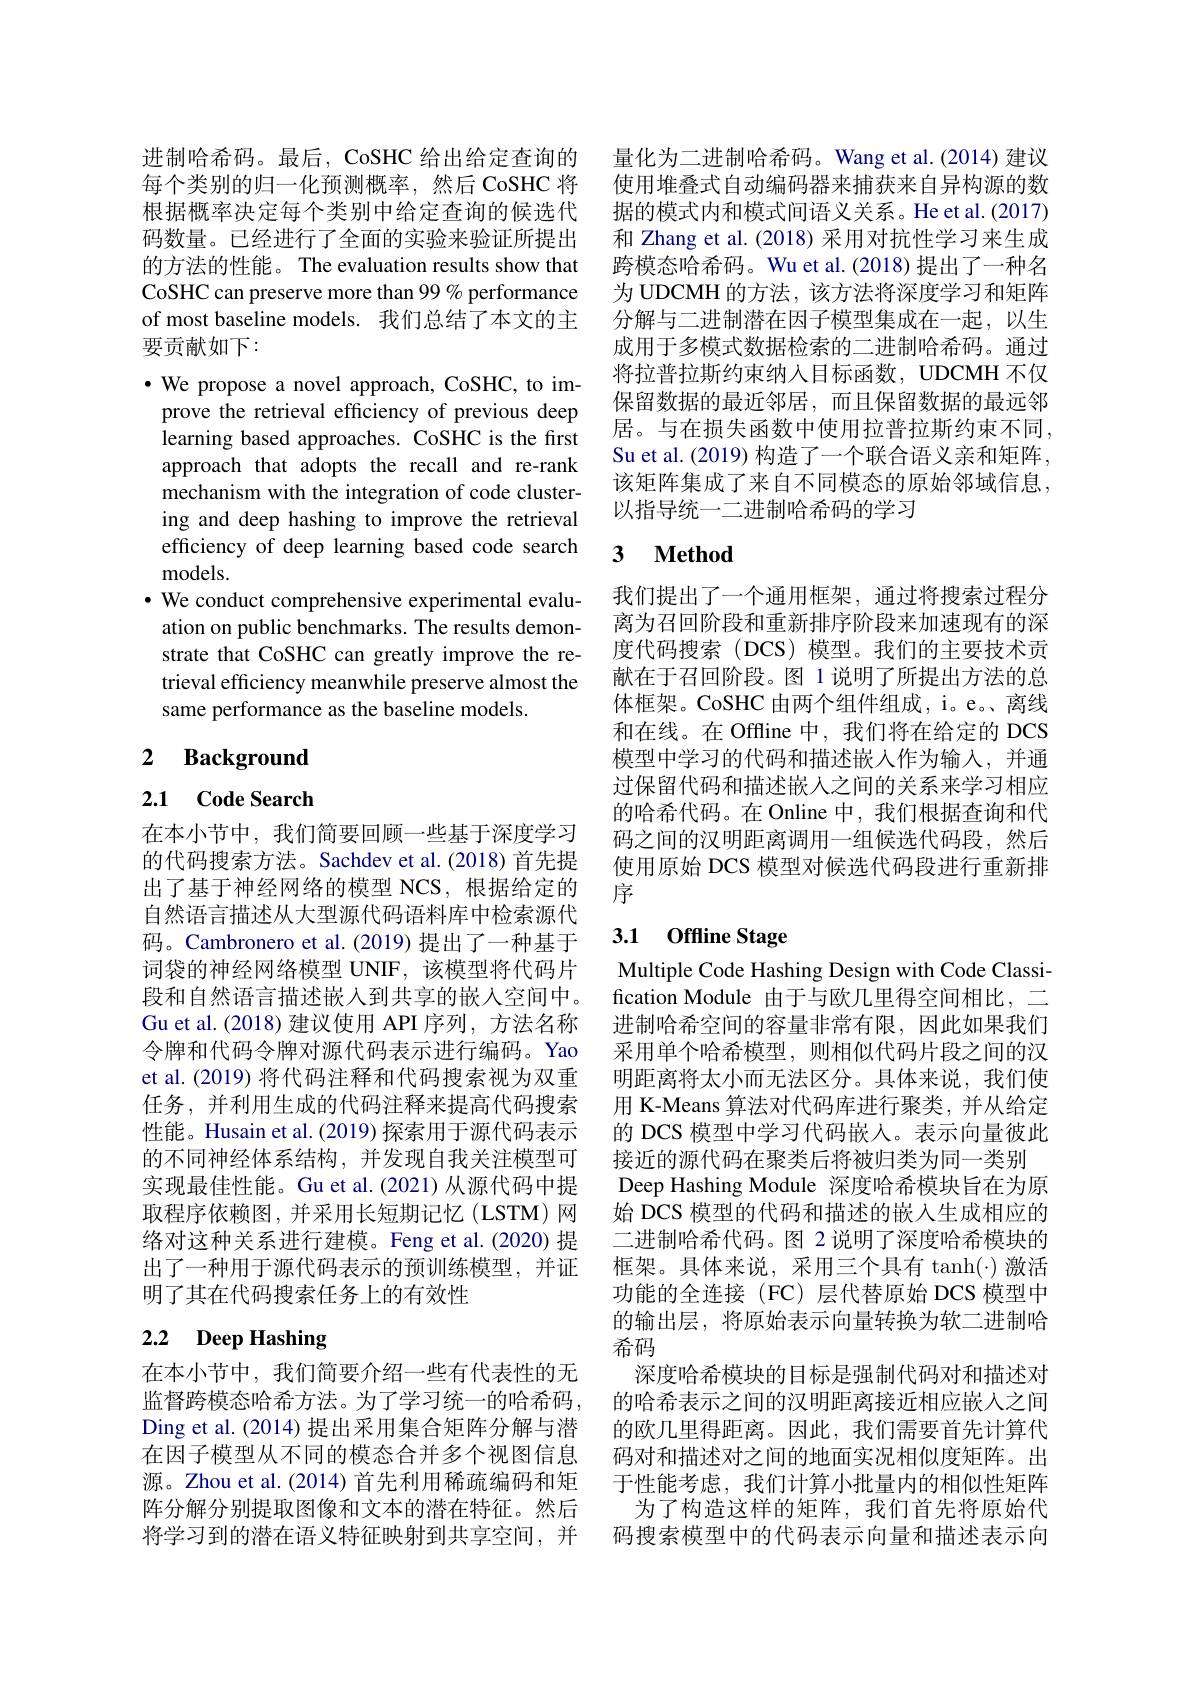
进制哈希码。最后，CoSHC 给出给定查询的 量化为二进制哈希码。Wang et al.(2014)建议每个类别的归一化预测概率，然后 CoSHC 将 使用堆叠式自动编码器来捕获来自异构源的数根据概率决定每个类别中给定查询的候选代 据的模式内和模式间语义关系。He et al.(2017) 码数量。已经进行了全面的实验来验证所提出的方法的性能。The evaluation results show that CoSHC can preserve more than 99 % performance of most baseline models. 我们总结了本文的主要贡献如下：

$\cdot$ We propose a novel approach, CoSHC, to improve the retrieval efficiency of previous deep learning based approaches. CoSHC is the first approach that adopts the recall and re-rank mechanism with the integration of code clustering and deep hashing to improve the retrieval efficiency of deep learning based code search models.
$\cdot$ We conduct comprehensive experimental evaluation on public benchmarks. The results demonstrate that CoSHC can greatly improve the retrieval efficiency meanwhile preserve almost the same performance as the baseline models.

## 2 Background

### 2.1 Code Search

在本小节中，我们简要回顾一些基于深度学习的代码搜索方法。Sachdev et al.(2018) 首先提出了基于神经网络的模型 NCS,根据给定的自然语言描述从大型源代码语料库中检索源代码。Cambronero et al.(2019) 提出了一种基于词袋的神经网络模型 UNIF,该模型将代码片段和自然语言描述嵌入到共享的嵌人空间中。Gu et al.(2018) 建议使用 API 序列，方法名称令牌和代码令牌对源代码表示进行编码。Yao et al. (2019) 将代码注释和代码搜索视为双重任务，并利用生成的代码注释来提高代码搜索性能。Husain et al. (2019) 探索用于源代码表示的不同神经体系结构，并发现自我关注模型可实现最佳性能。Gu et al.(2021)从源代码中提取程序依赖图，并采用长短期记忆(LSTM)网络对这种关系进行建模。Feng et al.(2020) 提出了一种用于源代码表示的预训练模型，并证明了其在代码搜索任务上的有效性

# 2.2 Deep Hashing

和 Zhang et al.(2018) 采用对抗性学习来生成跨模态哈希码。Wu et al.(2018) 提出了一种名为 UDCMH 的方法，该方法将深度学习和矩阵分解与二进制潜在因子模型集成在一起，以生成用于多模式数据检索的二进制哈希码。通过将拉普拉斯约束纳入目标函数，UDCMH 不仅保留数据的最近邻居，而且保留数据的最远邻居。与在损失函数中使用拉普拉斯约束不同， Su et al. (2019) 构造了一个联合语义亲和矩阵， 该矩阵集成了来自不同模态的原始邻域信息， 以指导统一二进制哈希码的学习

# 3 $\textbf{Method}$

我们提出了一个通用框架，通过将搜索过程分离为召回阶段和重新排序阶段来加速现有的深度代码搜索(DCS)模型。我们的主要技术贡献在于召回阶段。图 1说明了所提出方法的总体框架。CoSHC 由两个组件组成，i。e。离线和在线。在 Offline 中，我们将在给定的 DCS 模型中学习的代码和描述嵌入作为输入，并通过保留代码和描述嵌入之间的关系来学习相应的哈希代码。在 Online 中，我们根据查询和代码之间的汉明距离调用一组候选代码段，然后使用原始 DCS 模型对候选代码段进行重新排序

### 3.1 0ffline Stage

Multiple Code Hashing Design with Code Classification Module 由于与欧几里得空间相比，二进制哈希空间的容量非常有限，因此如果我们采用单个哈希模型，则相似代码片段之间的汉明距离将太小而无法区分。具体来说，我们使用 K-Means 算法对代码库进行聚类，并从给定的 DCS 模型中学习代码嵌入。表示向量彼此接近的源代码在聚类后将被归类为同一类别Deep Hashing Module 深度哈希模块旨在为原始 DCS 模型的代码和描述的嵌入生成相应的二进制哈希代码。图 2 说明了深度哈希模块的框架。具体来说，采用三个具有 tanh(·)激活功能的全连接(FC)层代替原始 DCS 模型中的输出层，将原始表示向量转换为软二进制哈希码
在本小节中，我们简要介绍一些有代表性的无 深度哈希模块的目标是强制代码对和描述对监督跨模态哈希方法。为了学习统一的哈希码，的哈希表示之间的汉明距离接近相应嵌人之间Ding et al.(2014) 提出采用集合矩阵分解与潜 的欧几里得距离。因此，我们需要首先计算代在因子模型从不同的模态合并多个视图信息 码对和描述对之间的地面实况相似度矩阵。出源。Zhou et al.(2014)首先利用稀疏编码和矩 于性能考虑，我们计算小批量内的相似性矩阵阵分解分别提取图像和文本的潜在特征。然后 为了构造这样的矩阵，我们首先将原始代将学习到的潜在语义特征映射到共享空间，并 码搜索模型中的代码表示向量和描述表示向